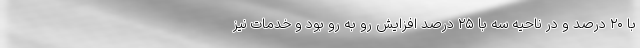
با ۲۰ درصد و در ناحیه سه با ۲۵ درصد افزایش رو به رو بود و خدمات نیز